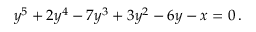
y ^ { 5 } + 2 y ^ { 4 } - 7 y ^ { 3 } + 3 y ^ { 2 } - 6 y - x = 0 \, .